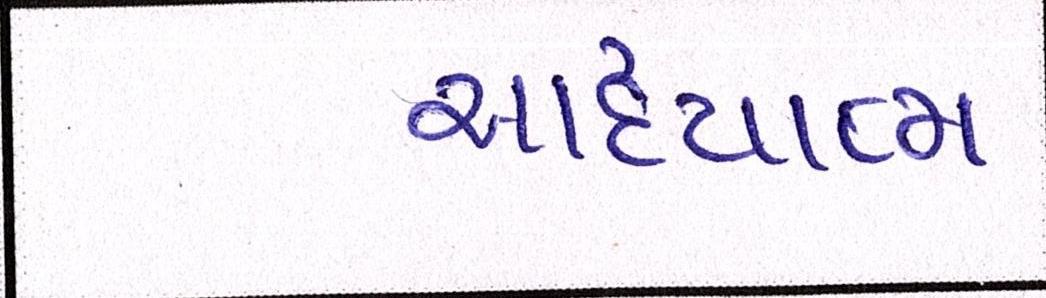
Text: આધ્યાત્મ